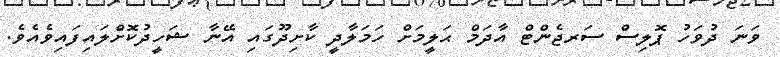
ވަނަ ދުވަހު ޕޮލިސް ސަރޖެންޓް އާދަމް ޙަލީމަށް ހަމަލާދީ ކާށިދޫގައި އޭނާ ޝަހީދުކޮށްލައިފައިވެއެވެ.